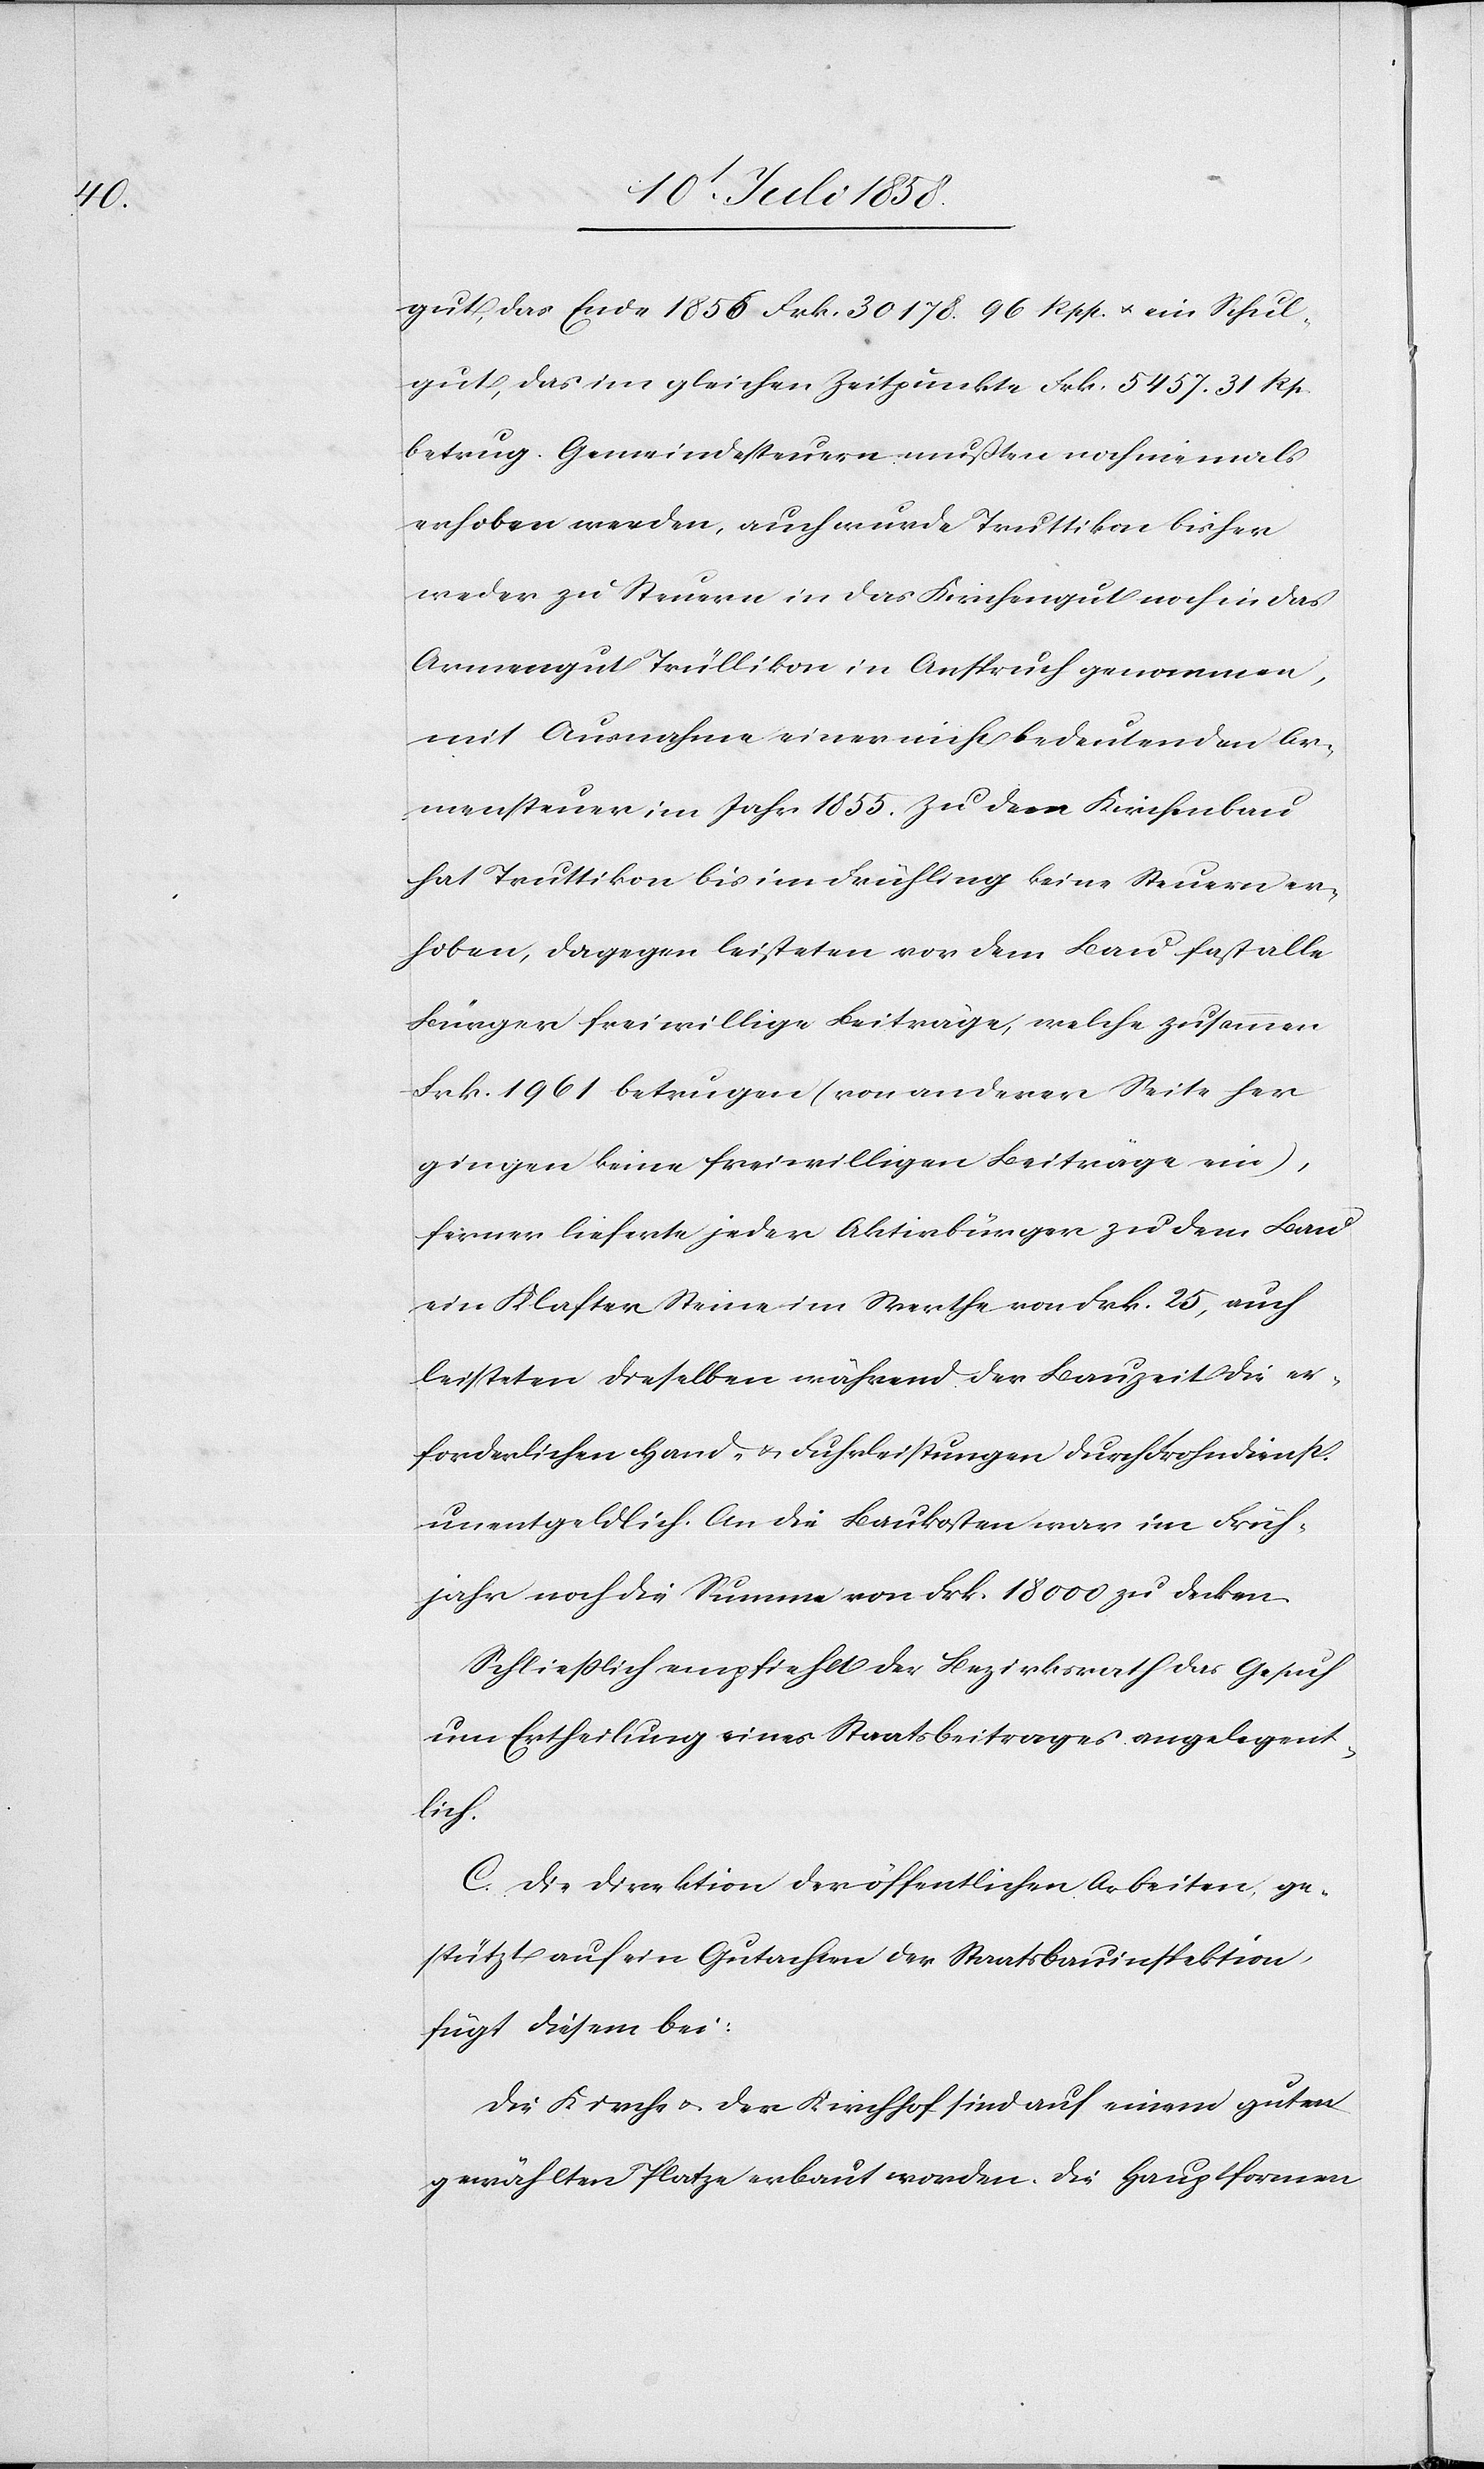
gut, das Ende 1856 Frk. 30 178. 96 Rpp. & ein Schul¬
gut, das im gleichen Zeitpunkte Frk. 5457. 31 Rp.
betrug. Gemeindesteuern mußten noch niemals
erhoben werden, auch wurde Truttikon bisher
weder zu Steuern in das Kirchengut noch in das
Armengut Trüllikon in Anspruch genommen,
mit Ausnahme einer nicht bedeutenden Ar¬
mensteuer im Jahr 1855. Zu dem Kirchenbau
hat Truttikon bis im Frühling keine Steuern er¬
hoben, dagegen leisteten vor dem Bau fast alle
Bürger freiwillige Beiträge, welche zusammen
Frk. 1961 betrugen (von anderer Seite her
gingen keine freiwilligen Beiträge ein),
ferner lieferte jeder Aktivbürger zu dem Bau
ein Klafter Steine im Werthe von Frk. 25, auch
leisteten dieselben während der Bauzeit die er¬
forderlichen Hand- & Fuhrleistungen durch Frohndienst
unentgeldlich. An die Baukosten war im Früh¬
jahr noch die Summe von Frk. 18 000 zu decken.
Schliesslich empfiehlt der Bezirksrath das Gesuch
um Ertheilung eines Staatsbeitrages angelegent¬
lich.
C. Die Direktion der öffentlichen Arbeiten, ge¬
stützt auf ein Gutachten der Staatsbauinspektion,
fügt diesem bei:
Die Kirche & der Kirchhof sind auf einem guta-en-a
gewählten Platze erbaut worden. Die Hauptformen